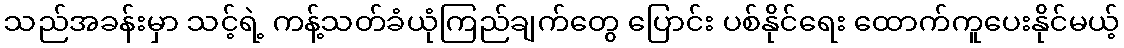
သည်အခန်းမှာ သင့်ရဲ့ ကန့်သတ်ခံယုံကြည်ချက်တွေ ပြောင်း ပစ်နိုင်ရေး ထောက်ကူပေးနိုင်မယ့်